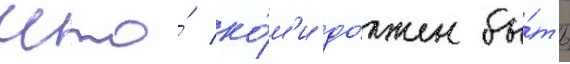
что́ ко́м'и до́лжен бы́ть